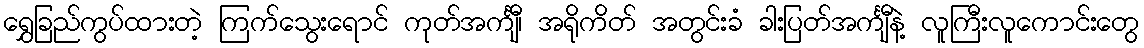
ရွှေခြည်ကွပ်ထားတဲ့ ကြက်သွေးရောင် ကုတ်အင်္ကျီ၊ အရိုကိတ် အတွင်းခံ ခါးပြတ်အင်္ကျီနဲ့ လူကြီးလူကောင်းတွေ